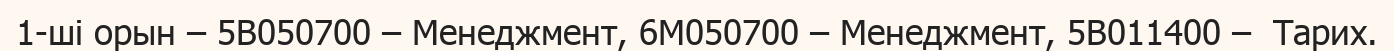
1-ші орын – 5В050700 – Менеджмент, 6М050700 – Менеджмент, 5В011400 –  Тарих.